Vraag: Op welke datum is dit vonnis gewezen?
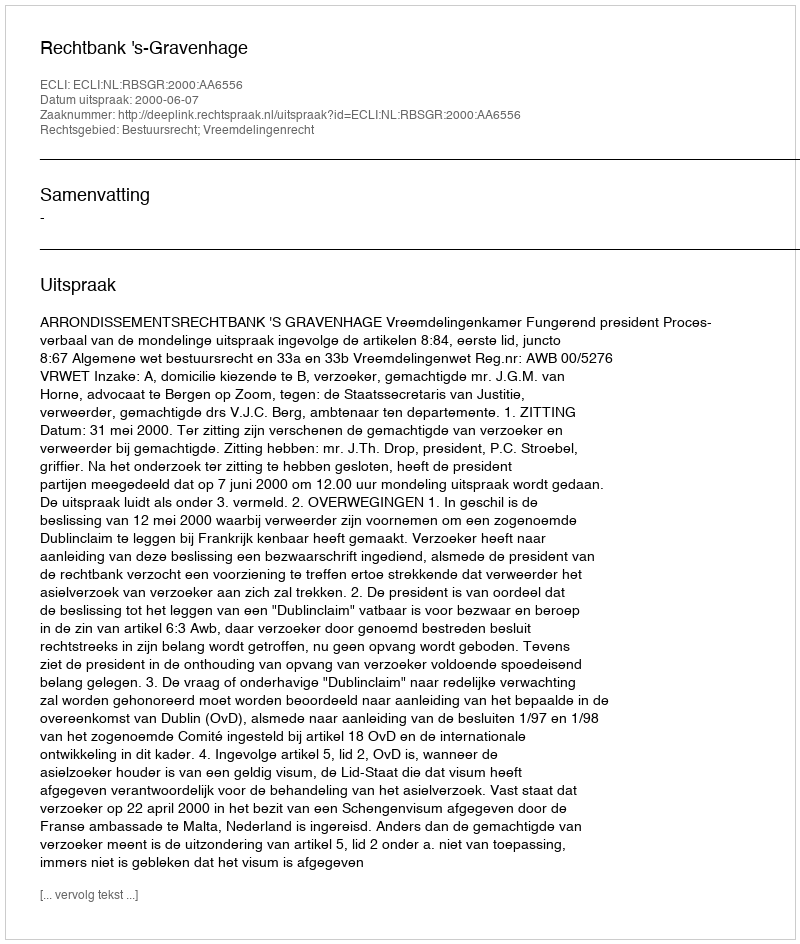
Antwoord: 2000-06-07